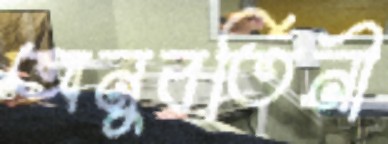
অনুবর্তিনী